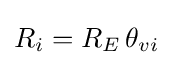
R_{i}=R_{E}\,\theta _{vi}